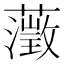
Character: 𮒎